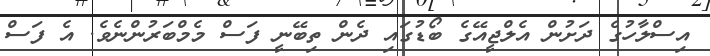
އިސްލާހުގެ ދަށުން އެލްޖީއޭގެ ބޯޑުގައި ދެން ތިބޭނީ ފަސް މެމްބަރުންނެވެ. އެ ފަސް